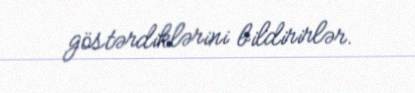
göstərdiklərini bildirirlər.